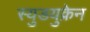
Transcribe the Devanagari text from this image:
स्युडयुक्रेन